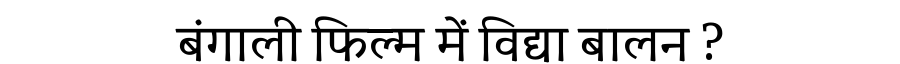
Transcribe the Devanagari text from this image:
बंगाली फिल्म में विद्या बालन ?